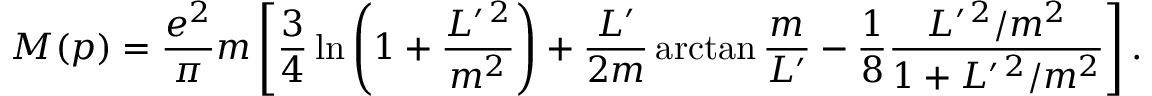
M ( p ) = \frac { e ^ { 2 } } { \pi } m \left[ \frac 3 4 \ln \left( 1 + \frac { L ^ { \prime \, 2 } } { m ^ { 2 } } \right) + \frac { L ^ { \prime } } { 2 m } \arctan \frac m { L ^ { \prime } } - \frac 1 8 \frac { L ^ { \prime \, 2 } / m ^ { 2 } } { 1 + L ^ { \prime \, 2 } / m ^ { 2 } } \right] .